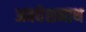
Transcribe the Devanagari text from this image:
अवधेशनाथ